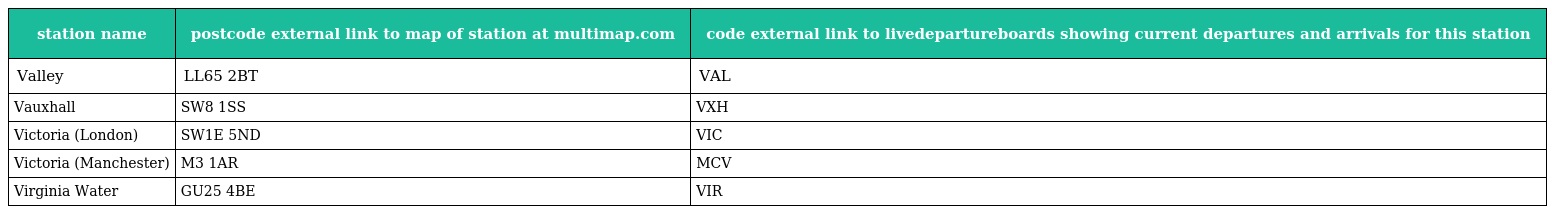
| station name | postcode external link to map of station at multimap.com | code external link to livedepartureboards showing current departures and arrivals for this station |
 | --- | --- | --- |
 | Valley | LL65 2BT | VAL |
 | Vauxhall | SW8 1SS | VXH |
 | Victoria (London) | SW1E 5ND | VIC |
 | Victoria (Manchester) | M3 1AR | MCV |
 | Virginia Water | GU25 4BE | VIR |